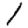
Digit: 1